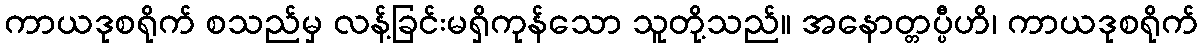
ကာယဒုစရိုက် စသည်မှ လန့်ခြင်းမရှိကုန်သော သူတို့သည်။ အနောတ္တပ္ပီဟိ၊ ကာယဒုစရိုက်